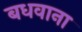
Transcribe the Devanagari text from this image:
बधवाना